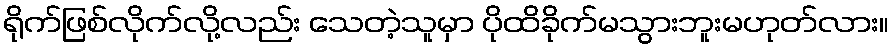
ရိုက်ဖြစ်လိုက်လို့လည်း သေတဲ့သူမှာ ပိုထိခိုက်မသွားဘူးမဟုတ်လား။